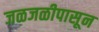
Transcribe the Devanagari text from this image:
जळजळीपासून